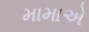
મામાએ